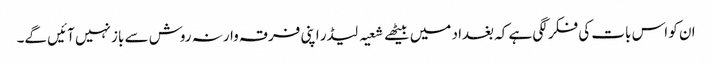
ان کو اس بات کی فکر لگی ہے کہ بغداد میں بیٹھے شعیہ لیڈر اپنی فرقہ وارنہ روش سے باز نہیں آئیں گے۔